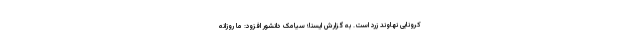
کرونایی نهاوند زرد است. به گزارش ایسنا؛ سیامک دانشور افزود: ما روزانه